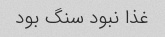
غذا نبود سنگ بود